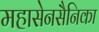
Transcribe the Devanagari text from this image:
महासेनसैनिका